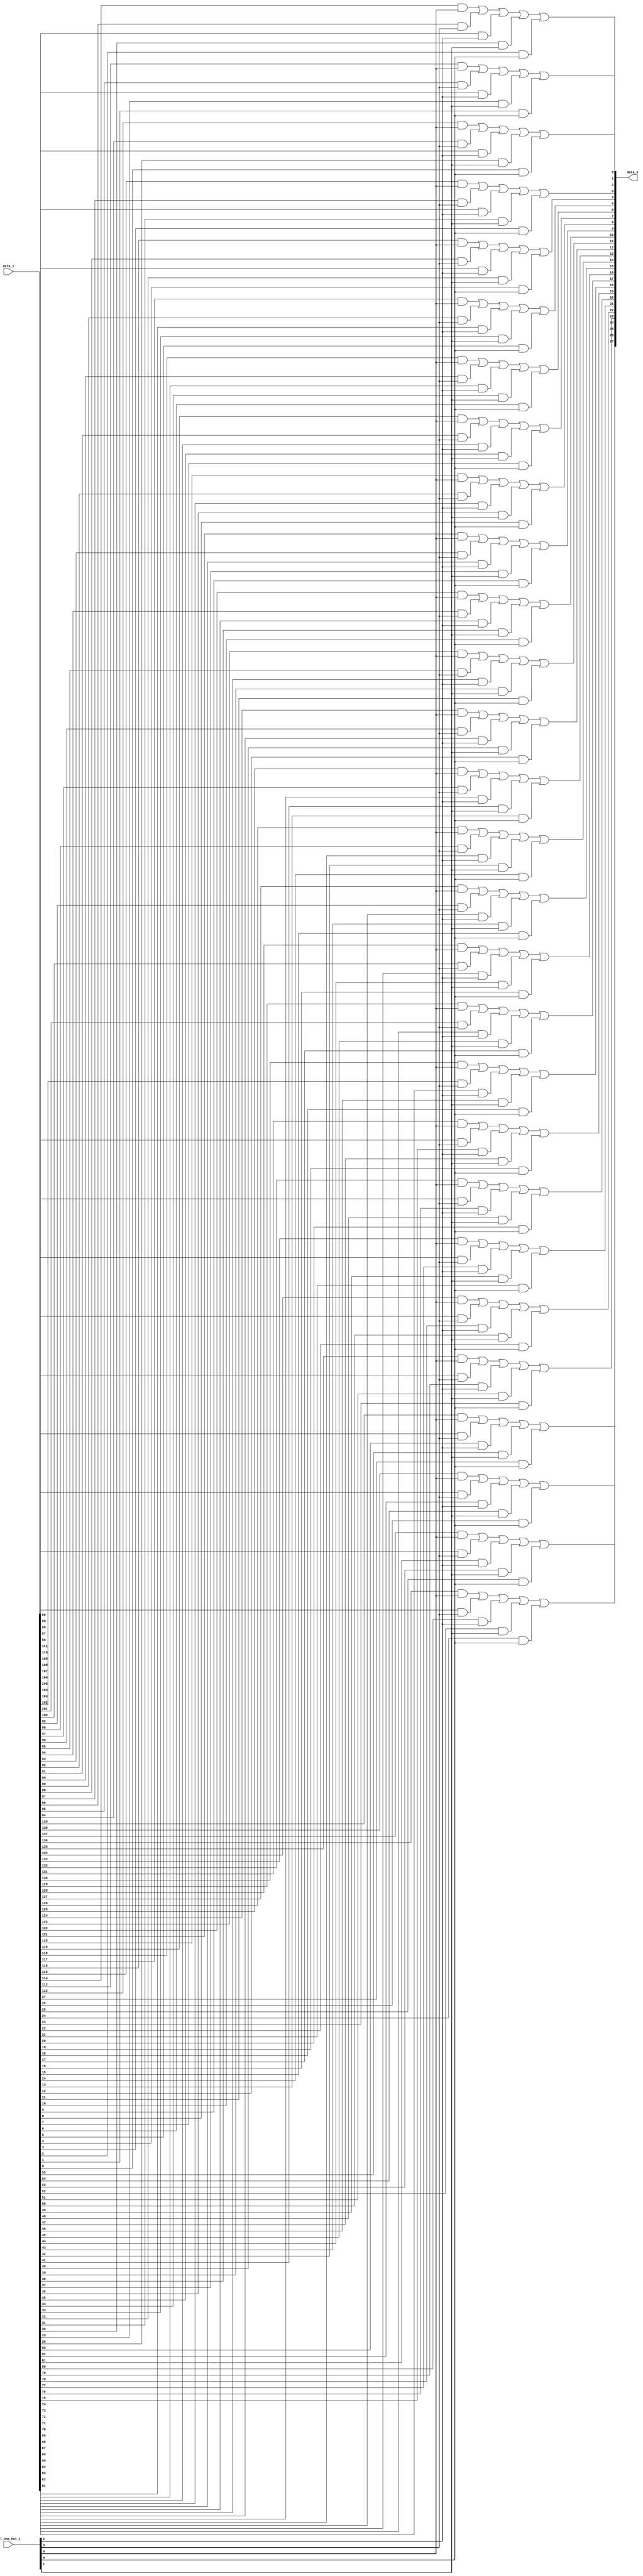
// This program was cloned from: https://github.com/NYU-MLDA/OpenABC
// License: BSD 3-Clause "New" or "Revised" License

module bsg_mux_one_hot_width_p28_els_p5
(
  data_i,
  sel_one_hot_i,
  data_o
);

  input [139:0] data_i;
  input [4:0] sel_one_hot_i;
  output [27:0] data_o;
  wire [27:0] data_o;
  wire N0,N1,N2,N3,N4,N5,N6,N7,N8,N9,N10,N11,N12,N13,N14,N15,N16,N17,N18,N19,N20,N21,
  N22,N23,N24,N25,N26,N27,N28,N29,N30,N31,N32,N33,N34,N35,N36,N37,N38,N39,N40,N41,
  N42,N43,N44,N45,N46,N47,N48,N49,N50,N51,N52,N53,N54,N55,N56,N57,N58,N59,N60,N61,
  N62,N63,N64,N65,N66,N67,N68,N69,N70,N71,N72,N73,N74,N75,N76,N77,N78,N79,N80,N81,
  N82,N83;
  wire [139:0] data_masked;
  assign data_masked[27] = data_i[27] & sel_one_hot_i[0];
  assign data_masked[26] = data_i[26] & sel_one_hot_i[0];
  assign data_masked[25] = data_i[25] & sel_one_hot_i[0];
  assign data_masked[24] = data_i[24] & sel_one_hot_i[0];
  assign data_masked[23] = data_i[23] & sel_one_hot_i[0];
  assign data_masked[22] = data_i[22] & sel_one_hot_i[0];
  assign data_masked[21] = data_i[21] & sel_one_hot_i[0];
  assign data_masked[20] = data_i[20] & sel_one_hot_i[0];
  assign data_masked[19] = data_i[19] & sel_one_hot_i[0];
  assign data_masked[18] = data_i[18] & sel_one_hot_i[0];
  assign data_masked[17] = data_i[17] & sel_one_hot_i[0];
  assign data_masked[16] = data_i[16] & sel_one_hot_i[0];
  assign data_masked[15] = data_i[15] & sel_one_hot_i[0];
  assign data_masked[14] = data_i[14] & sel_one_hot_i[0];
  assign data_masked[13] = data_i[13] & sel_one_hot_i[0];
  assign data_masked[12] = data_i[12] & sel_one_hot_i[0];
  assign data_masked[11] = data_i[11] & sel_one_hot_i[0];
  assign data_masked[10] = data_i[10] & sel_one_hot_i[0];
  assign data_masked[9] = data_i[9] & sel_one_hot_i[0];
  assign data_masked[8] = data_i[8] & sel_one_hot_i[0];
  assign data_masked[7] = data_i[7] & sel_one_hot_i[0];
  assign data_masked[6] = data_i[6] & sel_one_hot_i[0];
  assign data_masked[5] = data_i[5] & sel_one_hot_i[0];
  assign data_masked[4] = data_i[4] & sel_one_hot_i[0];
  assign data_masked[3] = data_i[3] & sel_one_hot_i[0];
  assign data_masked[2] = data_i[2] & sel_one_hot_i[0];
  assign data_masked[1] = data_i[1] & sel_one_hot_i[0];
  assign data_masked[0] = data_i[0] & sel_one_hot_i[0];
  assign data_masked[55] = data_i[55] & sel_one_hot_i[1];
  assign data_masked[54] = data_i[54] & sel_one_hot_i[1];
  assign data_masked[53] = data_i[53] & sel_one_hot_i[1];
  assign data_masked[52] = data_i[52] & sel_one_hot_i[1];
  assign data_masked[51] = data_i[51] & sel_one_hot_i[1];
  assign data_masked[50] = data_i[50] & sel_one_hot_i[1];
  assign data_masked[49] = data_i[49] & sel_one_hot_i[1];
  assign data_masked[48] = data_i[48] & sel_one_hot_i[1];
  assign data_masked[47] = data_i[47] & sel_one_hot_i[1];
  assign data_masked[46] = data_i[46] & sel_one_hot_i[1];
  assign data_masked[45] = data_i[45] & sel_one_hot_i[1];
  assign data_masked[44] = data_i[44] & sel_one_hot_i[1];
  assign data_masked[43] = data_i[43] & sel_one_hot_i[1];
  assign data_masked[42] = data_i[42] & sel_one_hot_i[1];
  assign data_masked[41] = data_i[41] & sel_one_hot_i[1];
  assign data_masked[40] = data_i[40] & sel_one_hot_i[1];
  assign data_masked[39] = data_i[39] & sel_one_hot_i[1];
  assign data_masked[38] = data_i[38] & sel_one_hot_i[1];
  assign data_masked[37] = data_i[37] & sel_one_hot_i[1];
  assign data_masked[36] = data_i[36] & sel_one_hot_i[1];
  assign data_masked[35] = data_i[35] & sel_one_hot_i[1];
  assign data_masked[34] = data_i[34] & sel_one_hot_i[1];
  assign data_masked[33] = data_i[33] & sel_one_hot_i[1];
  assign data_masked[32] = data_i[32] & sel_one_hot_i[1];
  assign data_masked[31] = data_i[31] & sel_one_hot_i[1];
  assign data_masked[30] = data_i[30] & sel_one_hot_i[1];
  assign data_masked[29] = data_i[29] & sel_one_hot_i[1];
  assign data_masked[28] = data_i[28] & sel_one_hot_i[1];
  assign data_masked[83] = data_i[83] & sel_one_hot_i[2];
  assign data_masked[82] = data_i[82] & sel_one_hot_i[2];
  assign data_masked[81] = data_i[81] & sel_one_hot_i[2];
  assign data_masked[80] = data_i[80] & sel_one_hot_i[2];
  assign data_masked[79] = data_i[79] & sel_one_hot_i[2];
  assign data_masked[78] = data_i[78] & sel_one_hot_i[2];
  assign data_masked[77] = data_i[77] & sel_one_hot_i[2];
  assign data_masked[76] = data_i[76] & sel_one_hot_i[2];
  assign data_masked[75] = data_i[75] & sel_one_hot_i[2];
  assign data_masked[74] = data_i[74] & sel_one_hot_i[2];
  assign data_masked[73] = data_i[73] & sel_one_hot_i[2];
  assign data_masked[72] = data_i[72] & sel_one_hot_i[2];
  assign data_masked[71] = data_i[71] & sel_one_hot_i[2];
  assign data_masked[70] = data_i[70] & sel_one_hot_i[2];
  assign data_masked[69] = data_i[69] & sel_one_hot_i[2];
  assign data_masked[68] = data_i[68] & sel_one_hot_i[2];
  assign data_masked[67] = data_i[67] & sel_one_hot_i[2];
  assign data_masked[66] = data_i[66] & sel_one_hot_i[2];
  assign data_masked[65] = data_i[65] & sel_one_hot_i[2];
  assign data_masked[64] = data_i[64] & sel_one_hot_i[2];
  assign data_masked[63] = data_i[63] & sel_one_hot_i[2];
  assign data_masked[62] = data_i[62] & sel_one_hot_i[2];
  assign data_masked[61] = data_i[61] & sel_one_hot_i[2];
  assign data_masked[60] = data_i[60] & sel_one_hot_i[2];
  assign data_masked[59] = data_i[59] & sel_one_hot_i[2];
  assign data_masked[58] = data_i[58] & sel_one_hot_i[2];
  assign data_masked[57] = data_i[57] & sel_one_hot_i[2];
  assign data_masked[56] = data_i[56] & sel_one_hot_i[2];
  assign data_masked[111] = data_i[111] & sel_one_hot_i[3];
  assign data_masked[110] = data_i[110] & sel_one_hot_i[3];
  assign data_masked[109] = data_i[109] & sel_one_hot_i[3];
  assign data_masked[108] = data_i[108] & sel_one_hot_i[3];
  assign data_masked[107] = data_i[107] & sel_one_hot_i[3];
  assign data_masked[106] = data_i[106] & sel_one_hot_i[3];
  assign data_masked[105] = data_i[105] & sel_one_hot_i[3];
  assign data_masked[104] = data_i[104] & sel_one_hot_i[3];
  assign data_masked[103] = data_i[103] & sel_one_hot_i[3];
  assign data_masked[102] = data_i[102] & sel_one_hot_i[3];
  assign data_masked[101] = data_i[101] & sel_one_hot_i[3];
  assign data_masked[100] = data_i[100] & sel_one_hot_i[3];
  assign data_masked[99] = data_i[99] & sel_one_hot_i[3];
  assign data_masked[98] = data_i[98] & sel_one_hot_i[3];
  assign data_masked[97] = data_i[97] & sel_one_hot_i[3];
  assign data_masked[96] = data_i[96] & sel_one_hot_i[3];
  assign data_masked[95] = data_i[95] & sel_one_hot_i[3];
  assign data_masked[94] = data_i[94] & sel_one_hot_i[3];
  assign data_masked[93] = data_i[93] & sel_one_hot_i[3];
  assign data_masked[92] = data_i[92] & sel_one_hot_i[3];
  assign data_masked[91] = data_i[91] & sel_one_hot_i[3];
  assign data_masked[90] = data_i[90] & sel_one_hot_i[3];
  assign data_masked[89] = data_i[89] & sel_one_hot_i[3];
  assign data_masked[88] = data_i[88] & sel_one_hot_i[3];
  assign data_masked[87] = data_i[87] & sel_one_hot_i[3];
  assign data_masked[86] = data_i[86] & sel_one_hot_i[3];
  assign data_masked[85] = data_i[85] & sel_one_hot_i[3];
  assign data_masked[84] = data_i[84] & sel_one_hot_i[3];
  assign data_masked[139] = data_i[139] & sel_one_hot_i[4];
  assign data_masked[138] = data_i[138] & sel_one_hot_i[4];
  assign data_masked[137] = data_i[137] & sel_one_hot_i[4];
  assign data_masked[136] = data_i[136] & sel_one_hot_i[4];
  assign data_masked[135] = data_i[135] & sel_one_hot_i[4];
  assign data_masked[134] = data_i[134] & sel_one_hot_i[4];
  assign data_masked[133] = data_i[133] & sel_one_hot_i[4];
  assign data_masked[132] = data_i[132] & sel_one_hot_i[4];
  assign data_masked[131] = data_i[131] & sel_one_hot_i[4];
  assign data_masked[130] = data_i[130] & sel_one_hot_i[4];
  assign data_masked[129] = data_i[129] & sel_one_hot_i[4];
  assign data_masked[128] = data_i[128] & sel_one_hot_i[4];
  assign data_masked[127] = data_i[127] & sel_one_hot_i[4];
  assign data_masked[126] = data_i[126] & sel_one_hot_i[4];
  assign data_masked[125] = data_i[125] & sel_one_hot_i[4];
  assign data_masked[124] = data_i[124] & sel_one_hot_i[4];
  assign data_masked[123] = data_i[123] & sel_one_hot_i[4];
  assign data_masked[122] = data_i[122] & sel_one_hot_i[4];
  assign data_masked[121] = data_i[121] & sel_one_hot_i[4];
  assign data_masked[120] = data_i[120] & sel_one_hot_i[4];
  assign data_masked[119] = data_i[119] & sel_one_hot_i[4];
  assign data_masked[118] = data_i[118] & sel_one_hot_i[4];
  assign data_masked[117] = data_i[117] & sel_one_hot_i[4];
  assign data_masked[116] = data_i[116] & sel_one_hot_i[4];
  assign data_masked[115] = data_i[115] & sel_one_hot_i[4];
  assign data_masked[114] = data_i[114] & sel_one_hot_i[4];
  assign data_masked[113] = data_i[113] & sel_one_hot_i[4];
  assign data_masked[112] = data_i[112] & sel_one_hot_i[4];
  assign data_o[0] = N2 | data_masked[0];
  assign N2 = N1 | data_masked[28];
  assign N1 = N0 | data_masked[56];
  assign N0 = data_masked[112] | data_masked[84];
  assign data_o[1] = N5 | data_masked[1];
  assign N5 = N4 | data_masked[29];
  assign N4 = N3 | data_masked[57];
  assign N3 = data_masked[113] | data_masked[85];
  assign data_o[2] = N8 | data_masked[2];
  assign N8 = N7 | data_masked[30];
  assign N7 = N6 | data_masked[58];
  assign N6 = data_masked[114] | data_masked[86];
  assign data_o[3] = N11 | data_masked[3];
  assign N11 = N10 | data_masked[31];
  assign N10 = N9 | data_masked[59];
  assign N9 = data_masked[115] | data_masked[87];
  assign data_o[4] = N14 | data_masked[4];
  assign N14 = N13 | data_masked[32];
  assign N13 = N12 | data_masked[60];
  assign N12 = data_masked[116] | data_masked[88];
  assign data_o[5] = N17 | data_masked[5];
  assign N17 = N16 | data_masked[33];
  assign N16 = N15 | data_masked[61];
  assign N15 = data_masked[117] | data_masked[89];
  assign data_o[6] = N20 | data_masked[6];
  assign N20 = N19 | data_masked[34];
  assign N19 = N18 | data_masked[62];
  assign N18 = data_masked[118] | data_masked[90];
  assign data_o[7] = N23 | data_masked[7];
  assign N23 = N22 | data_masked[35];
  assign N22 = N21 | data_masked[63];
  assign N21 = data_masked[119] | data_masked[91];
  assign data_o[8] = N26 | data_masked[8];
  assign N26 = N25 | data_masked[36];
  assign N25 = N24 | data_masked[64];
  assign N24 = data_masked[120] | data_masked[92];
  assign data_o[9] = N29 | data_masked[9];
  assign N29 = N28 | data_masked[37];
  assign N28 = N27 | data_masked[65];
  assign N27 = data_masked[121] | data_masked[93];
  assign data_o[10] = N32 | data_masked[10];
  assign N32 = N31 | data_masked[38];
  assign N31 = N30 | data_masked[66];
  assign N30 = data_masked[122] | data_masked[94];
  assign data_o[11] = N35 | data_masked[11];
  assign N35 = N34 | data_masked[39];
  assign N34 = N33 | data_masked[67];
  assign N33 = data_masked[123] | data_masked[95];
  assign data_o[12] = N38 | data_masked[12];
  assign N38 = N37 | data_masked[40];
  assign N37 = N36 | data_masked[68];
  assign N36 = data_masked[124] | data_masked[96];
  assign data_o[13] = N41 | data_masked[13];
  assign N41 = N40 | data_masked[41];
  assign N40 = N39 | data_masked[69];
  assign N39 = data_masked[125] | data_masked[97];
  assign data_o[14] = N44 | data_masked[14];
  assign N44 = N43 | data_masked[42];
  assign N43 = N42 | data_masked[70];
  assign N42 = data_masked[126] | data_masked[98];
  assign data_o[15] = N47 | data_masked[15];
  assign N47 = N46 | data_masked[43];
  assign N46 = N45 | data_masked[71];
  assign N45 = data_masked[127] | data_masked[99];
  assign data_o[16] = N50 | data_masked[16];
  assign N50 = N49 | data_masked[44];
  assign N49 = N48 | data_masked[72];
  assign N48 = data_masked[128] | data_masked[100];
  assign data_o[17] = N53 | data_masked[17];
  assign N53 = N52 | data_masked[45];
  assign N52 = N51 | data_masked[73];
  assign N51 = data_masked[129] | data_masked[101];
  assign data_o[18] = N56 | data_masked[18];
  assign N56 = N55 | data_masked[46];
  assign N55 = N54 | data_masked[74];
  assign N54 = data_masked[130] | data_masked[102];
  assign data_o[19] = N59 | data_masked[19];
  assign N59 = N58 | data_masked[47];
  assign N58 = N57 | data_masked[75];
  assign N57 = data_masked[131] | data_masked[103];
  assign data_o[20] = N62 | data_masked[20];
  assign N62 = N61 | data_masked[48];
  assign N61 = N60 | data_masked[76];
  assign N60 = data_masked[132] | data_masked[104];
  assign data_o[21] = N65 | data_masked[21];
  assign N65 = N64 | data_masked[49];
  assign N64 = N63 | data_masked[77];
  assign N63 = data_masked[133] | data_masked[105];
  assign data_o[22] = N68 | data_masked[22];
  assign N68 = N67 | data_masked[50];
  assign N67 = N66 | data_masked[78];
  assign N66 = data_masked[134] | data_masked[106];
  assign data_o[23] = N71 | data_masked[23];
  assign N71 = N70 | data_masked[51];
  assign N70 = N69 | data_masked[79];
  assign N69 = data_masked[135] | data_masked[107];
  assign data_o[24] = N74 | data_masked[24];
  assign N74 = N73 | data_masked[52];
  assign N73 = N72 | data_masked[80];
  assign N72 = data_masked[136] | data_masked[108];
  assign data_o[25] = N77 | data_masked[25];
  assign N77 = N76 | data_masked[53];
  assign N76 = N75 | data_masked[81];
  assign N75 = data_masked[137] | data_masked[109];
  assign data_o[26] = N80 | data_masked[26];
  assign N80 = N79 | data_masked[54];
  assign N79 = N78 | data_masked[82];
  assign N78 = data_masked[138] | data_masked[110];
  assign data_o[27] = N83 | data_masked[27];
  assign N83 = N82 | data_masked[55];
  assign N82 = N81 | data_masked[83];
  assign N81 = data_masked[139] | data_masked[111];

endmodule